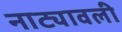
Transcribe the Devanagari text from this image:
नाट्यावली